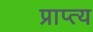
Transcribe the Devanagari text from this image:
प्राप्त्य